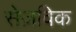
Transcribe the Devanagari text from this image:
सेज़विक